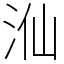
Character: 𣳈